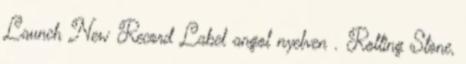
Launch New Record Label angol nyelven . Rolling Stone,